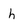
Character: h